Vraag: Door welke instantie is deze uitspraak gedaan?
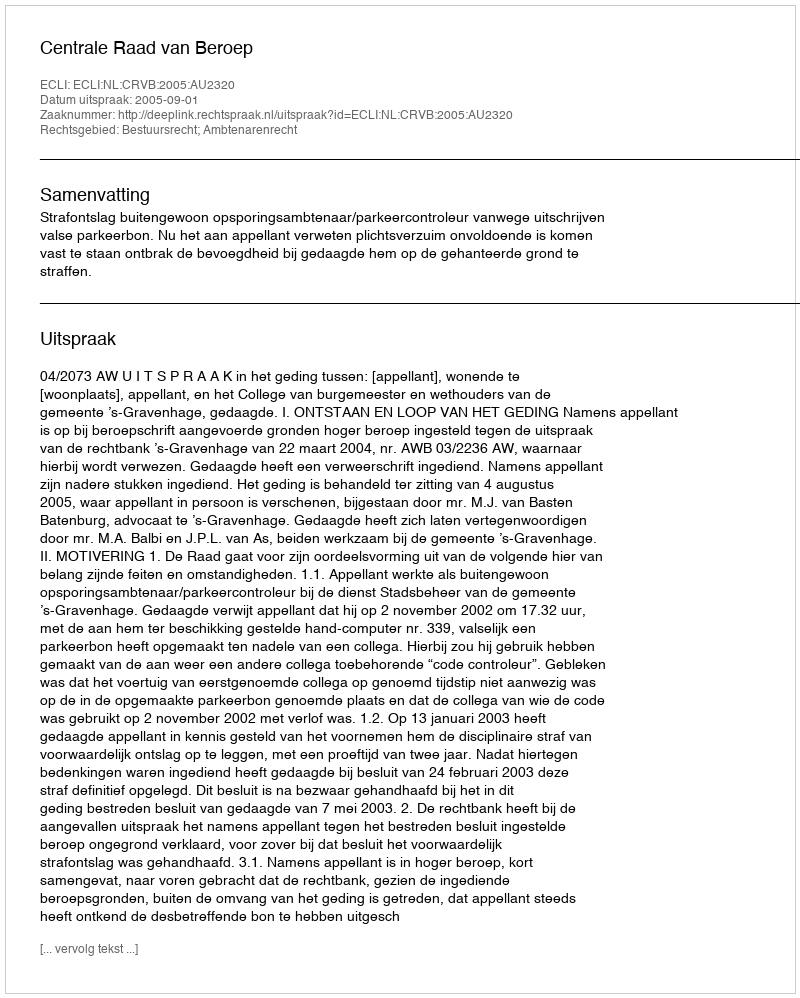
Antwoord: Centrale Raad van Beroep